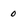
Character: 0